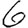
Digit: 6